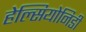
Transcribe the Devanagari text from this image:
हेल्सियोनिडी